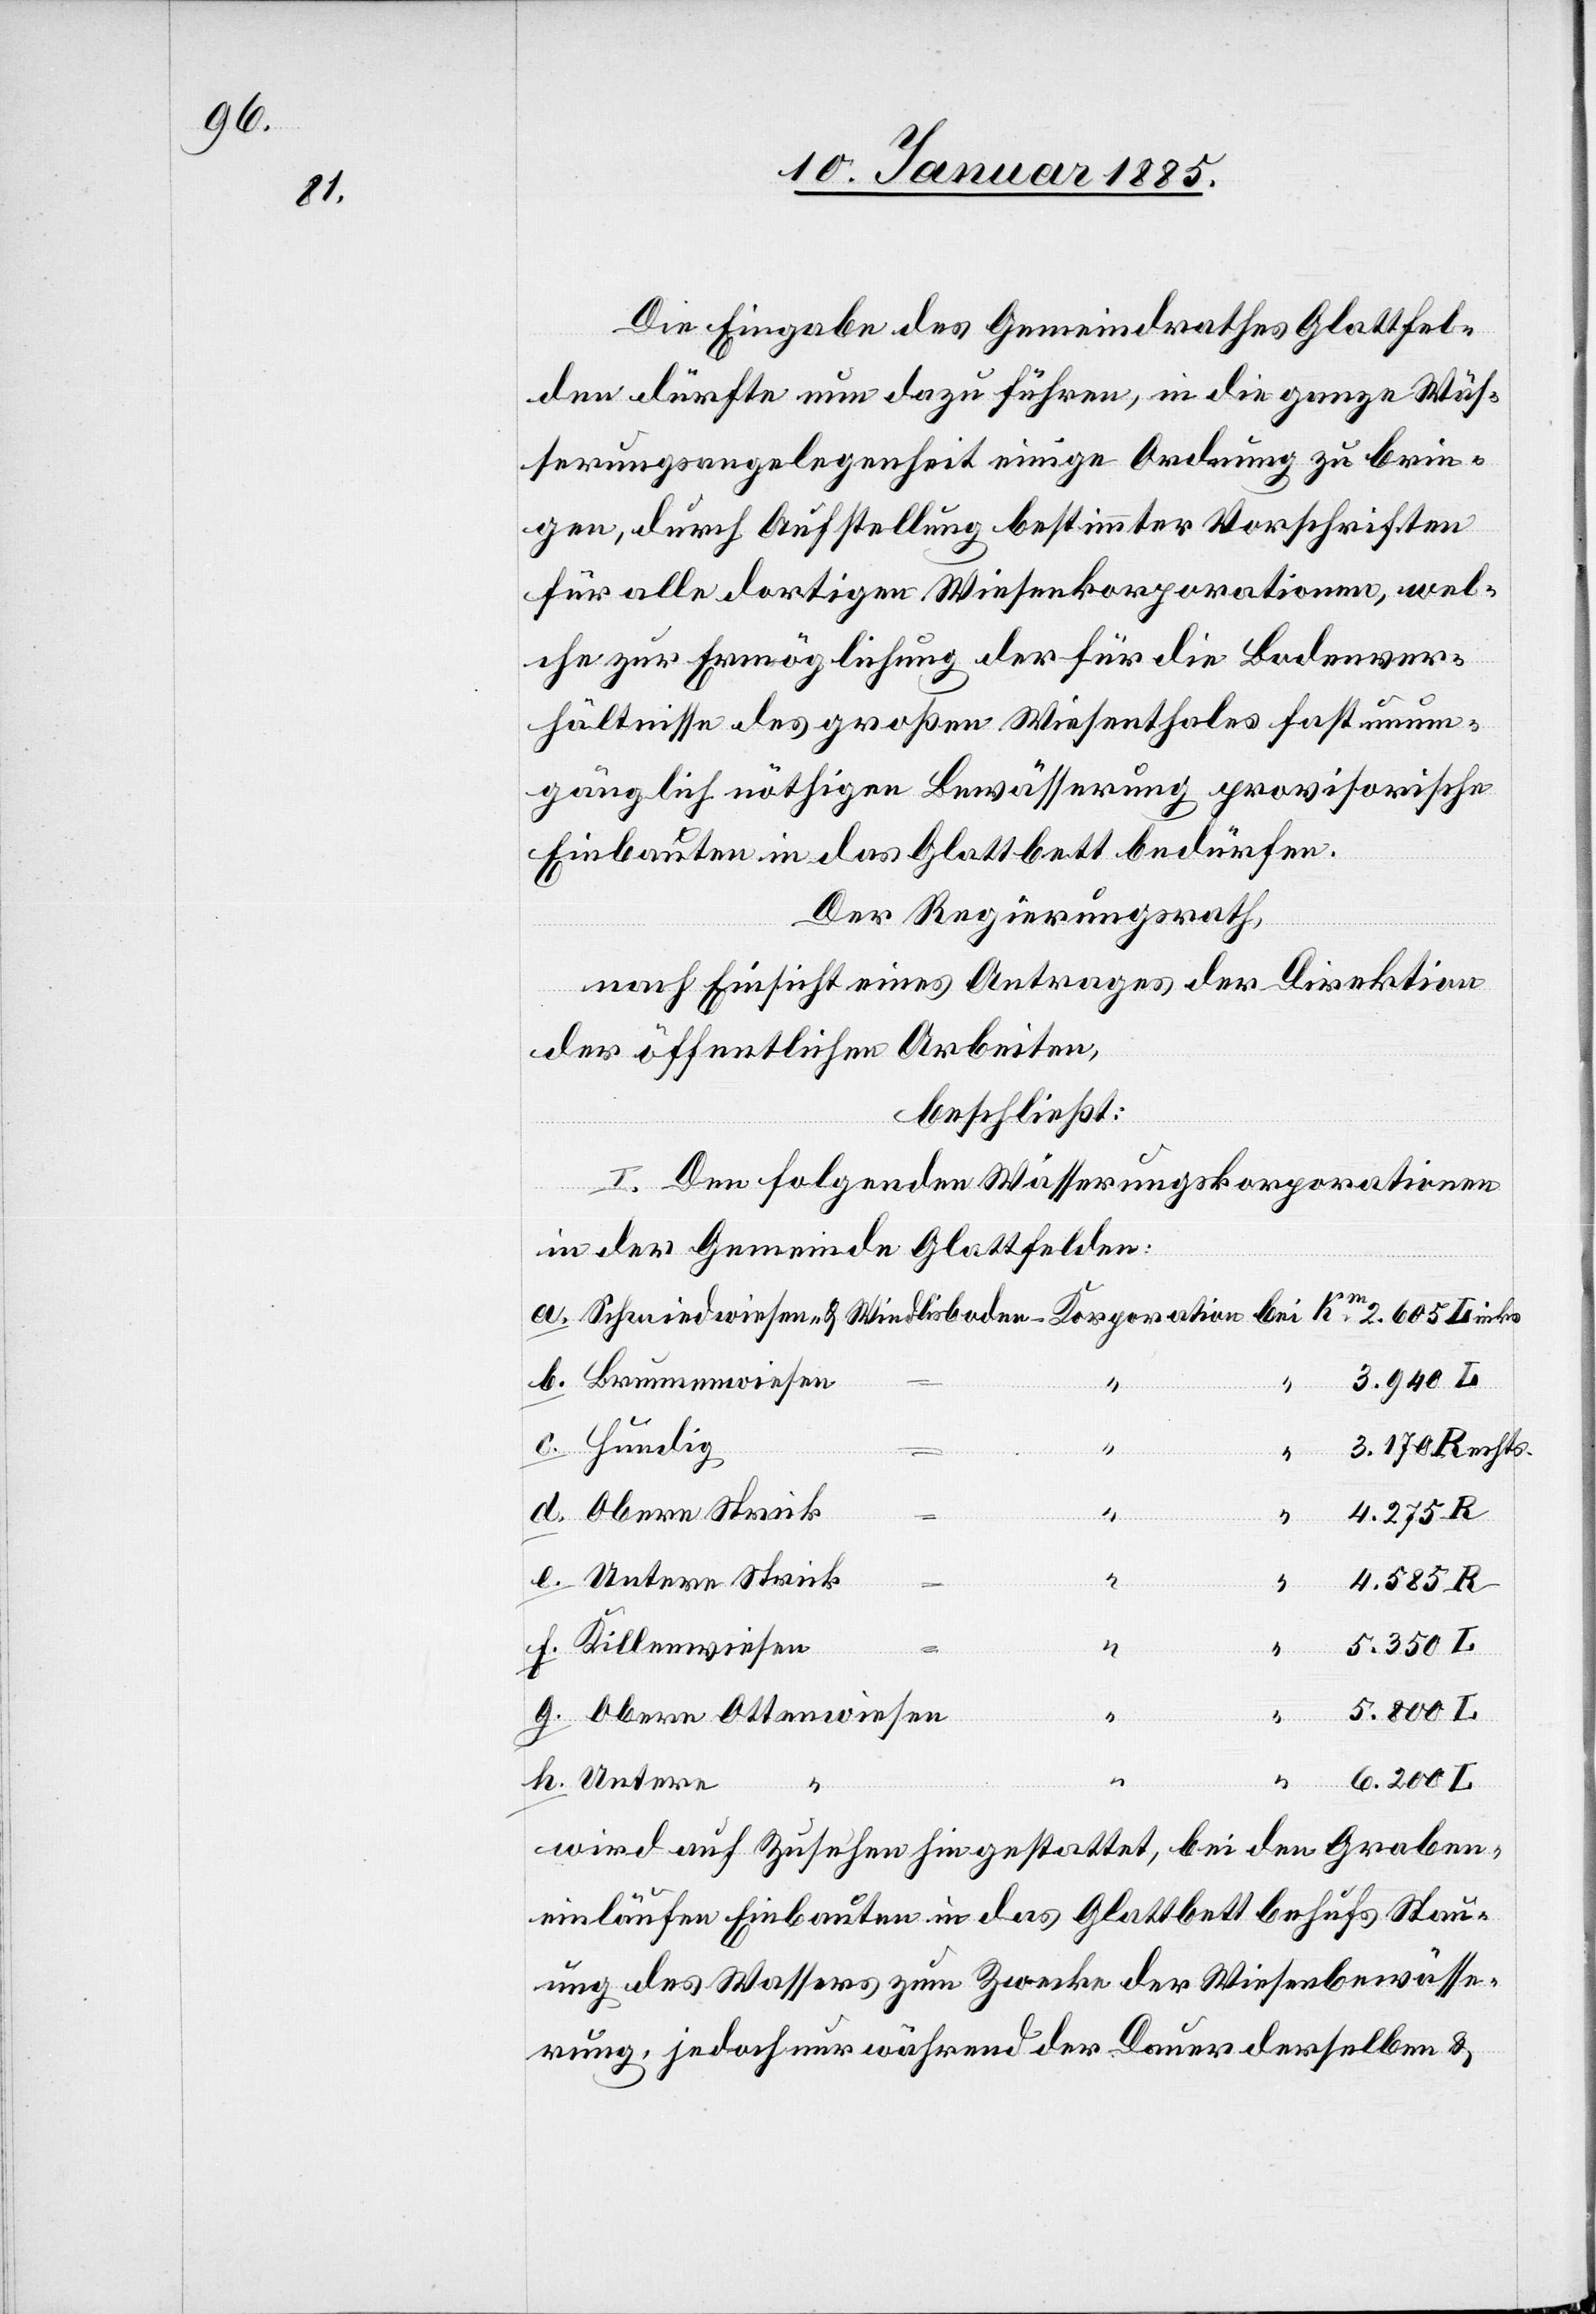
f.

g.
Die Eingabe des Gemeindrathes Glattfel¬
den dürfte nun dazu führen, in die ganze Wäs¬
serungsangelegenheit einige Ordnung zu brin¬
gen, durch Aufstellung bestimmter Vorschriften
für alle dortigen Wiesenkorporationen, wel¬
che zur Ermöglichung der für die Bodenver¬
hältnisse des großen Wiesenthales fast unum¬
gänglich nöthigen Bewässerung provisorische
Einbauten in das Glattbett bedürfen.
Der Regierungsrath,
nach Einsicht eines Antrages der Direktion
der öffentlichen Arbeiten,
I. Den folgenden Wässerungskorporationen
in der Gemeinde Glattfelden:
a.
5.800 L
c.
Hundig
3.170 Rechts
&
d.
Obere Strick
4.585 R.
e.
Obere Ottenwiesen
h.
wird auf Zusehen hin gestattet, bei den Graben¬
einläufen Einbauten in das Glattbett behufs Stau¬
ung des Wassers zum Zwecke der Wiesenbewässe¬
rung, jedoch nur während der Dauer derselben &